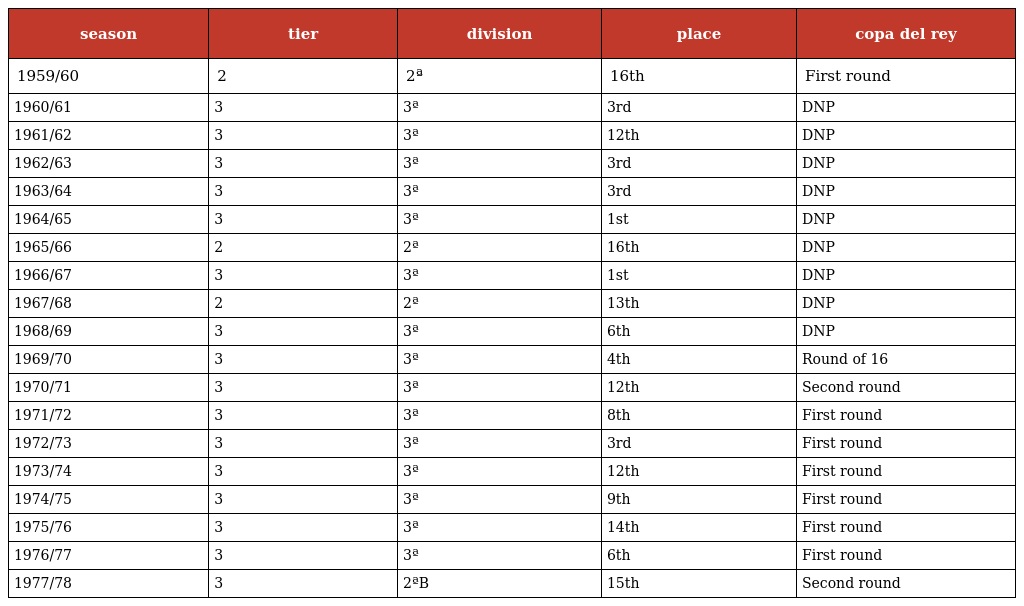
| season | tier | division | place | copa del rey |
 | --- | --- | --- | --- | --- |
 | 1959/60 | 2 | 2ª | 16th | First round |
 | 1960/61 | 3 | 3ª | 3rd | DNP |
 | 1961/62 | 3 | 3ª | 12th | DNP |
 | 1962/63 | 3 | 3ª | 3rd | DNP |
 | 1963/64 | 3 | 3ª | 3rd | DNP |
 | 1964/65 | 3 | 3ª | 1st | DNP |
 | 1965/66 | 2 | 2ª | 16th | DNP |
 | 1966/67 | 3 | 3ª | 1st | DNP |
 | 1967/68 | 2 | 2ª | 13th | DNP |
 | 1968/69 | 3 | 3ª | 6th | DNP |
 | 1969/70 | 3 | 3ª | 4th | Round of 16 |
 | 1970/71 | 3 | 3ª | 12th | Second round |
 | 1971/72 | 3 | 3ª | 8th | First round |
 | 1972/73 | 3 | 3ª | 3rd | First round |
 | 1973/74 | 3 | 3ª | 12th | First round |
 | 1974/75 | 3 | 3ª | 9th | First round |
 | 1975/76 | 3 | 3ª | 14th | First round |
 | 1976/77 | 3 | 3ª | 6th | First round |
 | 1977/78 | 3 | 2ªB | 15th | Second round |